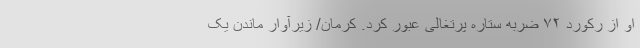
او از رکورد ۷۲ ضربه ستاره پرتغالی عبور کرد. کرمان/ زیرآوار ماندن یک